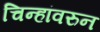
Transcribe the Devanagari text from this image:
चिन्हांवरुन